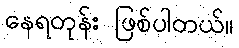
နေရတုန်း ဖြစ်ပါတယ်။